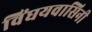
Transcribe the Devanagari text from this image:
विंघयवासिनी